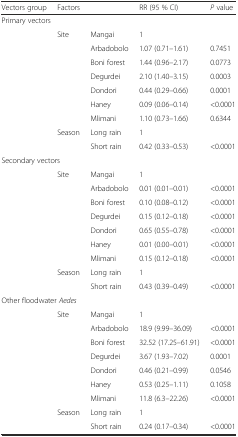
| Vectors group | Factors |  | RR (95 % CI) | P value |
 | --- | --- | --- | --- | --- |
 | <COLSPAN=2> Primary vectors |  |  |  |
 |  | <ROWSPAN=7> Site | Mangai | 1 |  |
 |  | Arbadobolo | 1.07 (0.71–1.61) | 0.7451 |
 |  | Boni forest | 1.44 (0.96–2.17) | 0.0773 |
 |  | Degurdei | 2.10 (1.40–3.15) | 0.0003 |
 |  | Dondori | 0.44 (0.29–0.66) | 0.0001 |
 |  | Haney | 0.09 (0.06–0.14) | <0.0001 |
 |  | Mlimani | 1.10 (0.73–1.66) | 0.6344 |
 |  | Season | Long rain | 1 |  |
 |  |  | Short rain | 0.42 (0.33–0.53) | <0.0001 |
 | <COLSPAN=2> Secondary vectors |  |  |  |
 |  | <ROWSPAN=7> Site | Mangai | 1 |  |
 |  | Arbadobolo | 0.01 (0.01–0.01) | <0.0001 |
 |  | Boni forest | 0.10 (0.08–0.12) | <0.0001 |
 |  | Degurdei | 0.15 (0.12–0.18) | <0.0001 |
 |  | Dondori | 0.65 (0.55–0.78) | <0.0001 |
 |  | Haney | 0.01 (0.00–0.01) | <0.0001 |
 |  | Mlimani | 0.15 (0.12–0.18) | <0.0001 |
 |  | Season | Long rain | 1 |  |
 |  |  | Short rain | 0.43 (0.39–0.49) | <0.0001 |
 | <COLSPAN=3> Other floodwater Aedes |  |  |
 |  | <ROWSPAN=7> Site | Mangai | 1 |  |
 |  | Arbadobolo | 18.9 (9.99–36.09) | <0.0001 |
 |  | Boni forest | 32.52 (17.25–61.91) | <0.0001 |
 |  | Degurdei | 3.67 (1.93–7.02) | 0.0001 |
 |  | Dondori | 0.46 (0.21–0.99) | 0.0546 |
 |  | Haney | 0.53 (0.25–1.11) | 0.1058 |
 |  | Mlimani | 11.8 (6.3–22.26) | <0.0001 |
 |  | Season | Long rain | 1 |  |
 |  |  | Short rain | 0.24 (0.17–0.34) | <0.0001 |